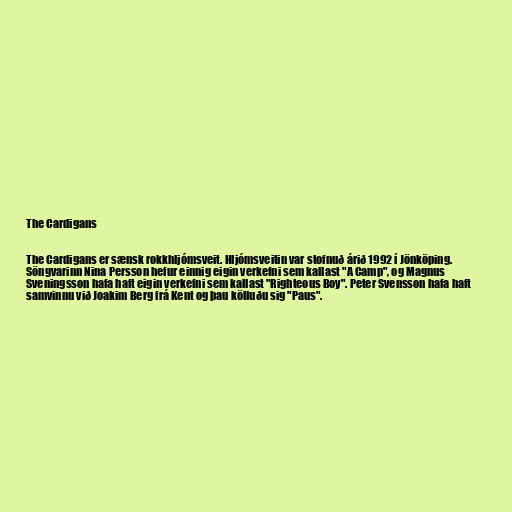
The Cardigans

The Cardigans er sænsk rokkhljómsveit. Hljómsveitin var stofnuð árið 1992 í Jönköping.
Söngvarinn Nina Persson hefur einnig eigin verkefni sem kallast "A Camp", og Magnus
Sveningsson hafa haft eigin verkefni sem kallast "Righteous Boy". Peter Svensson hafa haft
samvinnu við Joakim Berg frá Kent og þau kölluðu sig "Paus".